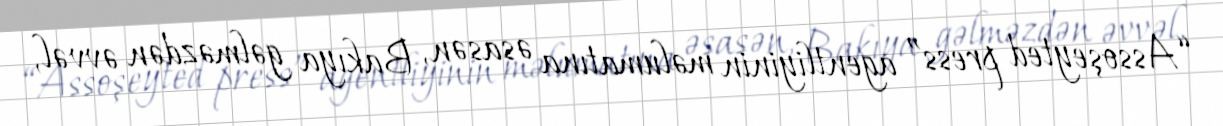
“Assoşeyted press” agentliyinin məlumatına əsasən, Bakıya gəlməzdən əvvəl,